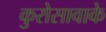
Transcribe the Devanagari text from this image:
कुरोसावाके